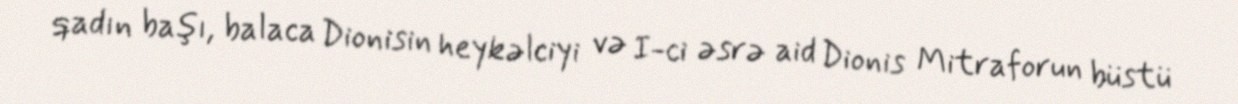
qadın başı, balaca Dionisin heykəlciyi və I-ci əsrə aid Dionis Mitraforun büstü